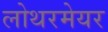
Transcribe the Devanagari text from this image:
लोथरमेयर